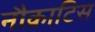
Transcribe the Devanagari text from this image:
नौक्राटिस